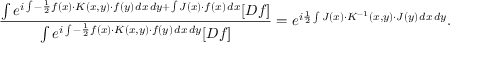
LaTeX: { \frac { \int e ^ { i \int - { \frac { 1 } { 2 } } f ( x ) \cdot K ( x , y ) \cdot f ( y ) \, d x \, d y + \int J ( x ) \cdot f ( x ) \, d x } [ D f ] } { \int e ^ { i \int - { \frac { 1 } { 2 } } f ( x ) \cdot K ( x , y ) \cdot f ( y ) \, d x \, d y } [ D f ] } } = e ^ { i { \frac { 1 } { 2 } } \int J ( x ) \cdot K ^ { - 1 } ( x , y ) \cdot J ( y ) \, d x \, d y } .